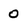
Character: 0